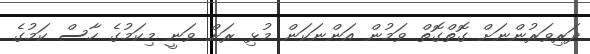
ދަރިވަރުންނަށް ގޮތްގޮތް ވަމުން އަންނަކަން މުޅި ރަށް ވަނީ މިކަމުގެ ހާސް ކަމުގެ